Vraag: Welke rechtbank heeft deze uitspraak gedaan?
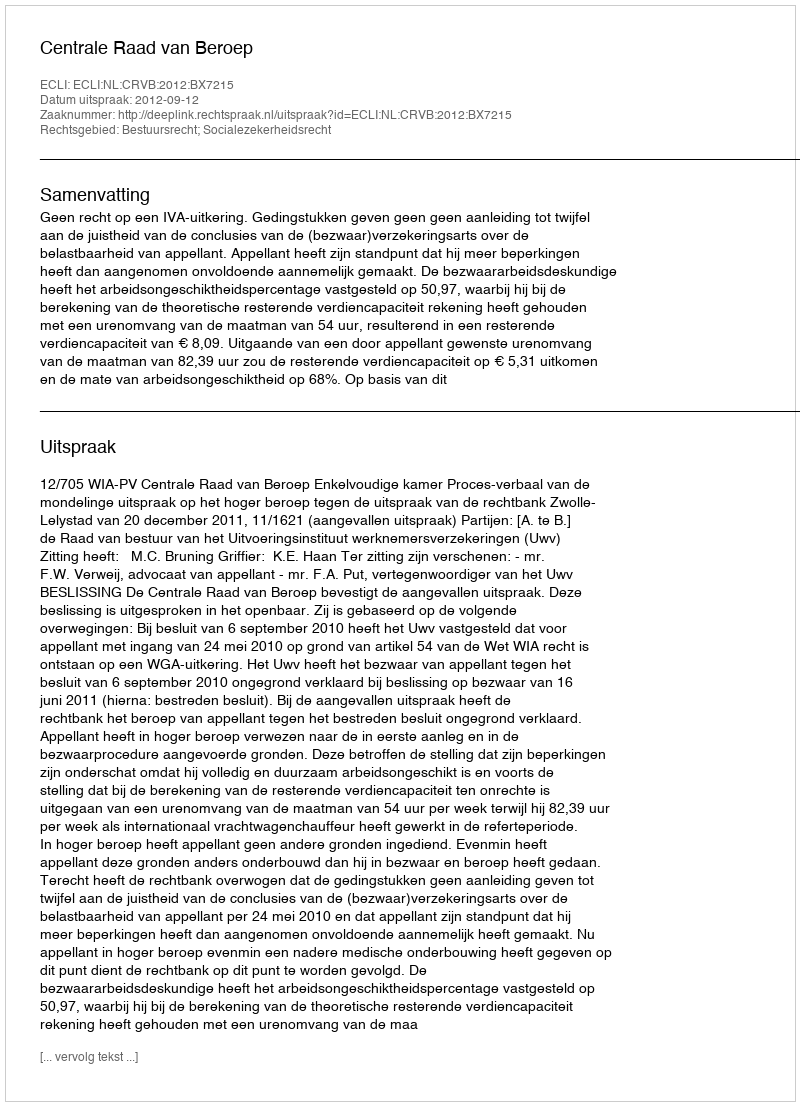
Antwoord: Centrale Raad van Beroep